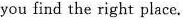
you find the right place.